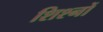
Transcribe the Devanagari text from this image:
शिश्नों